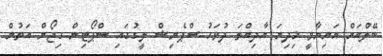
ބޭލްއަށް އަނިޔާވީ މިދިޔަ އާދިއްތަ ދުވަހު ސްޕެނިޝް ލީގުގައި ސްޕޯޓިން ގިޖޯން އަތުން